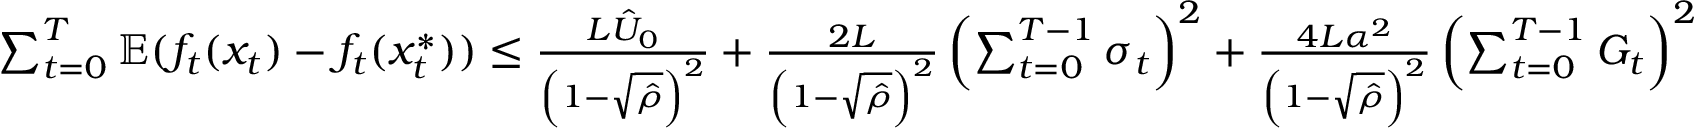
\begin{array} { r } { \sum _ { t = 0 } ^ { T } \mathbb { E } ( f _ { t } ( x _ { t } ) - f _ { t } ( x _ { t } ^ { * } ) ) \leq \frac { L \hat { U } _ { 0 } } { \left( 1 - \sqrt { \hat { \rho } } \right) ^ { 2 } } + \frac { 2 L } { \left( 1 - \sqrt { \hat { \rho } } \right) ^ { 2 } } \left( \sum _ { t = 0 } ^ { T - 1 } \sigma _ { t } \right) ^ { 2 } + \frac { 4 L \alpha ^ { 2 } } { \left( 1 - \sqrt { \hat { \rho } } \right) ^ { 2 } } \left( \sum _ { t = 0 } ^ { T - 1 } G _ { t } \right) ^ { 2 } } \end{array}